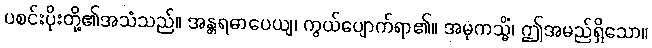
ပစင်းပိုးတို့၏အသံသည်။ အန္တရဓာပေယျ၊ ကွယ်ပျောက်ရာ၏။ အမုကသ္မိံ၊ ဤအမည်ရှိသော။